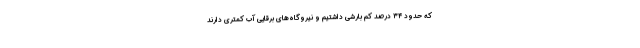
که حدود ۳۴ درصد کم بارشی داشتیم و نیروگاه‌های برقایی آب کمتری دارند